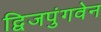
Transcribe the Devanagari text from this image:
द्विजपुंगवेन